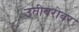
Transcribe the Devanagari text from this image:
उतीबरोबर